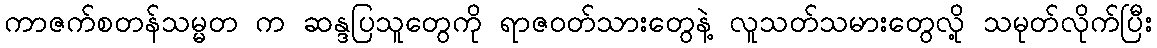
ကာဇက်စတန်သမ္မတ က ဆန္ဒပြသူတွေကို ရာဇဝတ်သားတွေနဲ့ လူသတ်သမားတွေလို့ သမုတ်လိုက်ပြီး